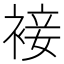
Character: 𧚪